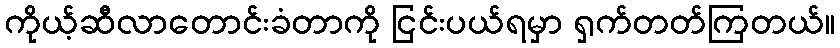
ကိုယ့်ဆီလာတောင်းခံတာကို ငြင်းပယ်ရမှာ ရှက်တတ်ကြတယ်။